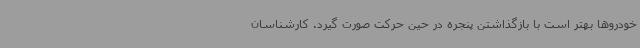
خودروها بهتر است با بازگذاشتن پنجره در حین حرکت صورت گیرد. کارشناسان